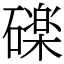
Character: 䃯